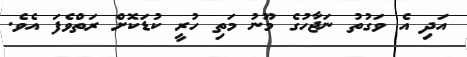
އަދި އެ ވަގުތު ނަޖާހުގެ މޫނު މަތި ހުރީ ކުޑަކޮށް ރަތްވެފަ އެވެ.